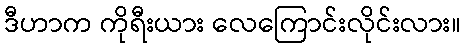
ဒီဟာက ကိုရီးယား လေကြောင်းလိုင်းလား။